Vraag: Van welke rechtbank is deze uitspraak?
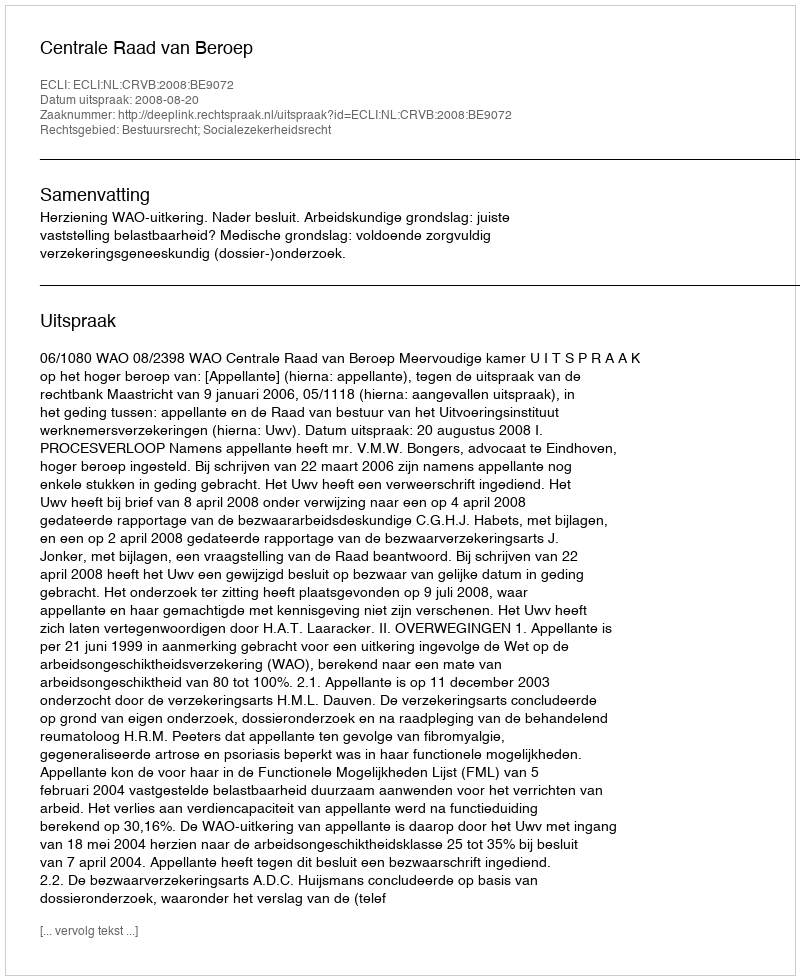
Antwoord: Centrale Raad van Beroep